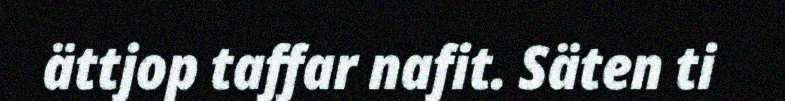
ättjop taffar nafit. Säten ti